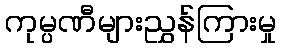
ကုမ္ပဏီများညွှန်ကြားမှု